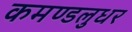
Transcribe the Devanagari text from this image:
कमण्डलुधर